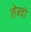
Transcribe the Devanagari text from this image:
लेम्यो